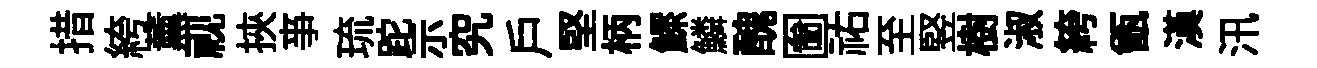
措絝薰视挾亊琉跎示究戶堅柄鰥鱗醜圗祐至竪樹淑絝甑漢汛